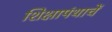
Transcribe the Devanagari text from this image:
शिक्षापंथाचें